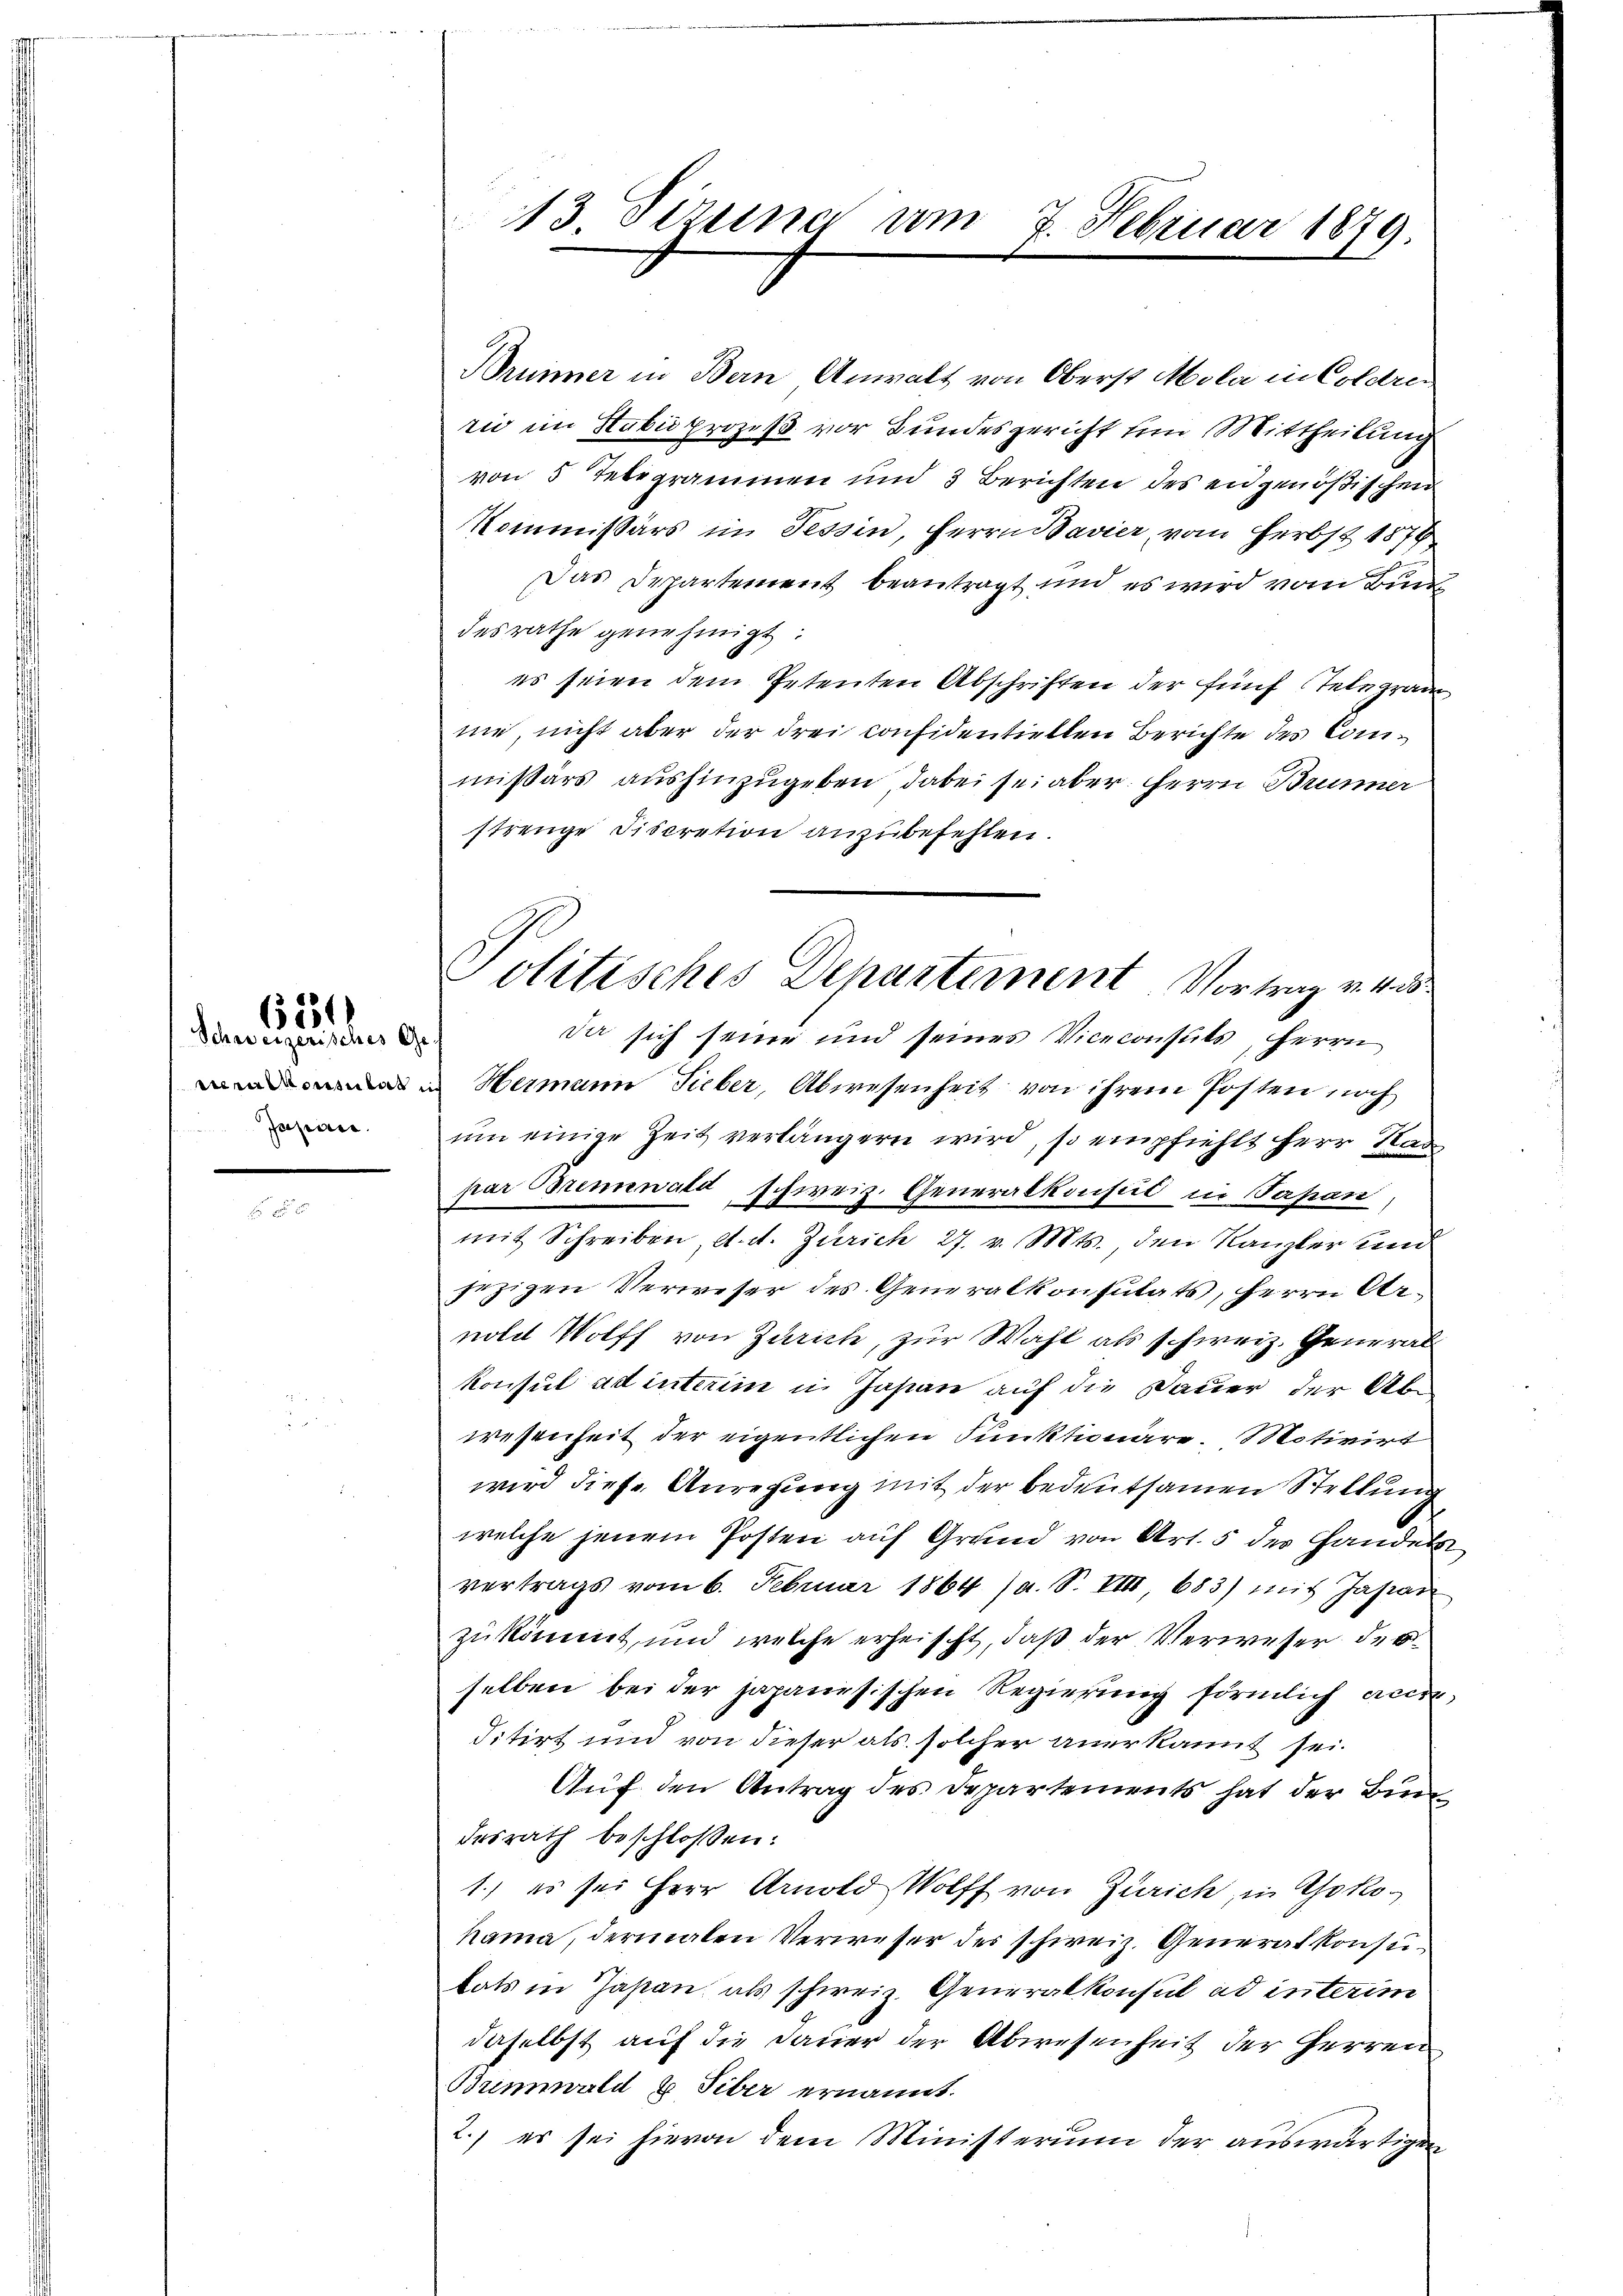
Schweizerisches Ge-
Japirie.

6234

13. Sizina am 7. Februar 1879.

Brummer in Bern Anwalt von Oberst Mola in Coldren
rie im Stabii prozeß vor Bundesgericht um Mittheilung
von 5 Tebegrammen und 3 Berichten des eidgenößischen
Kommissärs im Tessin, Herrn Bavier, vom Herbst 1874
Das Departement beantragt und es wird vom Bunde
desrathe genehmigt.
es seien dem Petenten Abschriften der fünf Telegram
me, nicht aber der drei considentiellen Berichte des Commißärs aushinzugeben dabei sei aber Herrn Brunner
strenge Fiscretion anzubefehlen.
da sich seine und seines Viceconsuts, Herrn
Hermann Fieber, Abwesenheit von ihrem Posten noch
um einige Zeit verlängern wird, so empfiehlt herr Stad
par Borenwald schweiz. Generalkonsul in Papan
mit Schreiben, d. d. Zürich 27. v. Mts. den Kanzler und
jezigen Verweser des Generalkonsutats, Herrn Arnold Wolff von Zürich, zur Wahl als schweiz. General
Konsul ad interim in Jasian auf die Dauer der Abwesenheit der eigentlichen Funktionäre. Motivirt
wird diese Anregung mit der bedeutsamen Stellung
welche jenem Posten auf Grund von Art. 5 des Handels
vertrags vom 6. Februar 1864 (a. S. VIII 683) mit Japan
zukömmt, und welche erheischt, daß der Verweser derselben bei der japanesischen Regierung förmlich anerditirt und von dieser als solcher anerkannt sei.
Aŭf den Antrag des Departements hat der Bundesrath beschlossen:
1.) es sei Herr Arnold Wolff von Zürich, in Yokohama, dermalen Verweser des schweiz. Generalkonsukats in Jahren, als schweiz. Generalkonsul ad interim
daselbst auf die Dauer der Abwesenheit der Herren
Brinwald & Siber ernannt.
2.) es sei hievon dem Ministerium der auswärtigen

Politisches Departement Vortrag v. 4. 55